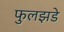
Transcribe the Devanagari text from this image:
फुलझडे